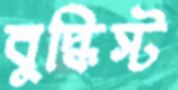
বুদ্ধিস্ট